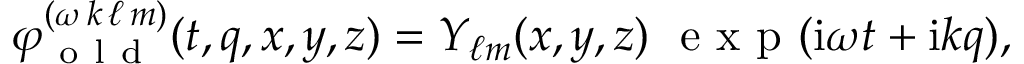
\begin{array} { r } { \varphi _ { \mathrm { ~ o ~ l ~ d ~ } } ^ { ( \omega \, k \, \ell \, m ) } ( t , q , x , y , z ) = Y _ { \ell m } ( x , y , z ) \ \mathrm { ~ e ~ x ~ p ~ } ( \mathrm { i } \omega t + \mathrm { i } k q ) , } \end{array}